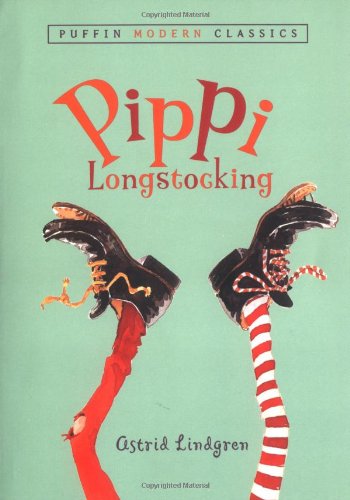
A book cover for Pippi Longstocking (Puffin Modern Classics); Astrid Lindgren; Children's Books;